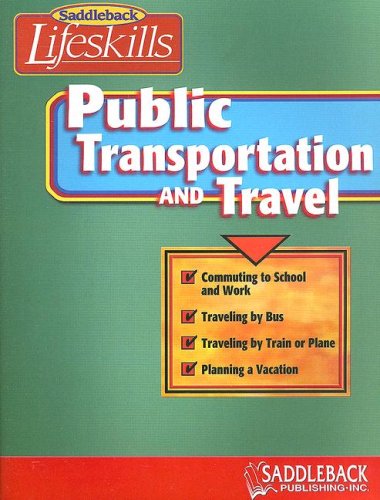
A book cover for Public Transportation & Travel (Saddleback Lifeskills); Joanne Suter; Teen & Young Adult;